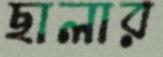
ছালার